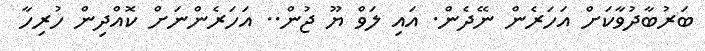
ބަރުބާދުވާކަށް އަހަރެން ނޭދެން. އައި ލަވް ޔޫ ޖުން.. އަހަރެންނަށް ކޮއްދިން ހުރިހާ